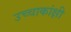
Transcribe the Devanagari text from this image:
उच्चाकांक्षी